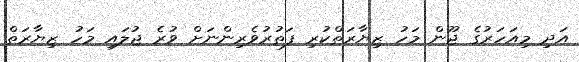
އަދި މިއަހަރުގެ ޖޫން މަހު ޒިޔާރަތްކުރި ފަތުރުވެރިންނަށް ވުރެ ޖުލައި މަހު ޒިޔާރަތް